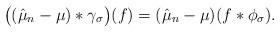
LaTeX: \begin{align*}\big ((\hat{\mu}_n - \mu)*\gamma_{\sigma} \big) (f) = (\hat{\mu}_n - \mu)(f*\phi_{\sigma}). \end{align*}